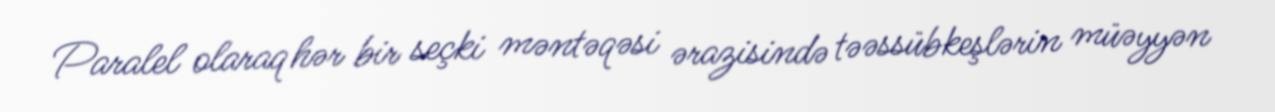
Paralel olaraq hər bir seçki məntəqəsi ərazisində təəssübkeşlərin müəyyən